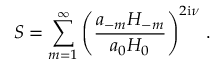
S = \sum _ { m = 1 } ^ { \infty } \left( \frac { a _ { - m } H _ { - m } } { a _ { 0 } H _ { 0 } } \right) ^ { 2 \mathrm { i } \nu } \, .